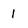
Character: 1